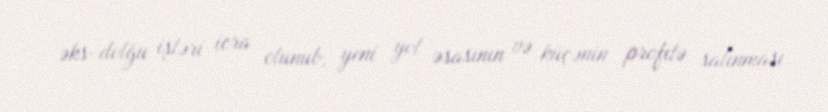
əks-dolğu işləri icra olunub, yeni yol əsasının və küçənin profilə salınması